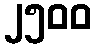
၂၅၀၀